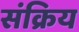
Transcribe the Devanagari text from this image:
संक्रिय